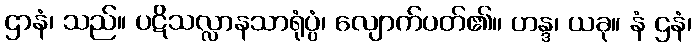
ဌာနံ၊ သည်။ ပဋိသလ္လာနသာရုံပ္ပံ၊ လျောက်ပတ်၏။ ဟန္ဒ၊ ယခု။ နံ ဌနံ၊